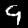
Label: 9